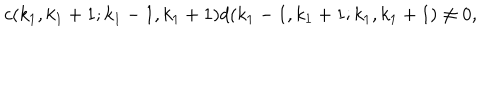
LaTeX: c ( k _ { 1 } , k _ { 1 } + 1 ; k _ { 1 } - 1 , k _ { 1 } + 1 ) d ( k _ { 1 } - 1 , k _ { 1 } + 1 ; k _ { 1 } , k _ { 1 } + 1 ) \neq 0 ,